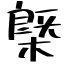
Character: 槩